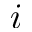
i